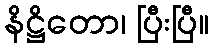
နိဋ္ဌိတော၊ ပြီးပြီ။